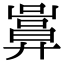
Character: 𢍬